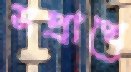
সপ্রাখে